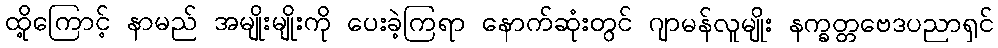
ထို့ကြောင့် နာမည် အမျိုးမျိုးကို ပေးခဲ့ကြရာ နောက်ဆုံးတွင် ဂျာမန်လူမျိုး နက္ခတ္တဗေဒပညာရှင်